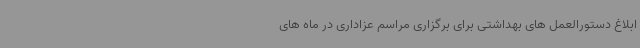
ابلاغ دستورالعمل های بهداشتی برای برگزاری مراسم عزاداری در ماه های